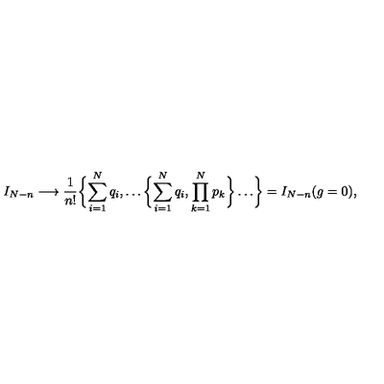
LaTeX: I _ { N - n } \longrightarrow \frac { 1 } { n ! } \biggl \{ \sum _ { i = 1 } ^ { N } q _ { i } , \dots \biggl \{ \sum _ { i = 1 } ^ { N } q _ { i } , \prod _ { k = 1 } ^ { N } p _ { k } \biggr \} \dots \biggr \} = I _ { N - n } ( g = 0 ) ,